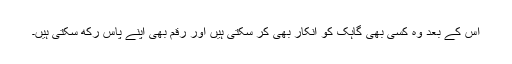
اس کے بعد وہ کسی بھی گاہک کو انکار بھی کر سکتی ہیں اور رقم بھی اپنے پاس رکھ سکتی ہیں۔